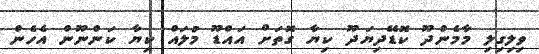
ވިލިގިލި މާމެންދޫ ކޮޑޭދިޔަދޫ ކިޔާ ގޮތަށް އައްޑޫ މުލައް ކިޔާ ކަންނޫން އެހެން